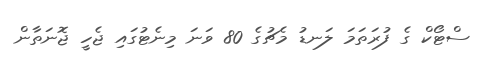
ސްޓޯކް ގެ ފުރަތަމަ ލަނޑު މެޗުގެ 80 ވަނަ މިނެޓުގައި ޖެހީ ޖޮނަތާން